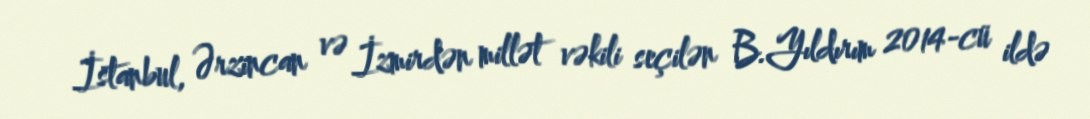
İstanbul, Ərzincan və İzmirdən millət vəkili seçilən B.Yıldırım 2014-cü ildə